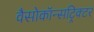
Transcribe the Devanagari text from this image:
वैसोकॉन्सट्रिक्टर